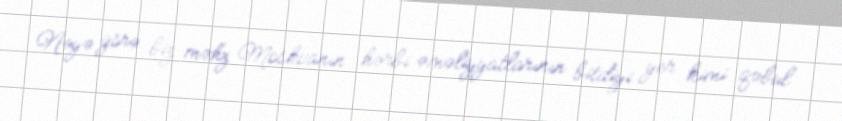
Nəyə görə biz məhz Moskvanın hərbi əməliyyatlarının bitdiyi yer kimi qəbul